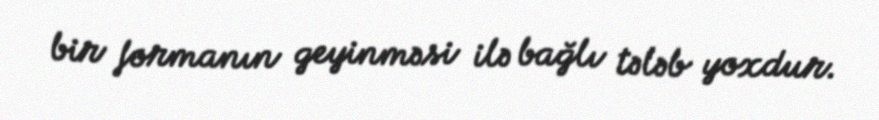
bir formanın geyinməsi ilə bağlı tələb yoxdur.